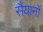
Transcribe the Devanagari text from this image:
सैयानों